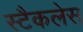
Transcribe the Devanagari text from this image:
स्टैकलेस